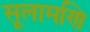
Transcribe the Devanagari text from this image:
सूलामणि